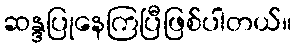
ဆန္ဒပြုနေကြပြီဖြစ်ပါတယ်။